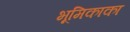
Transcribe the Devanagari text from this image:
भूमिकाका